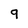
Character: 9